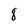
Character: 8